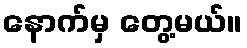
နောက်မှ တွေ့မယ်။